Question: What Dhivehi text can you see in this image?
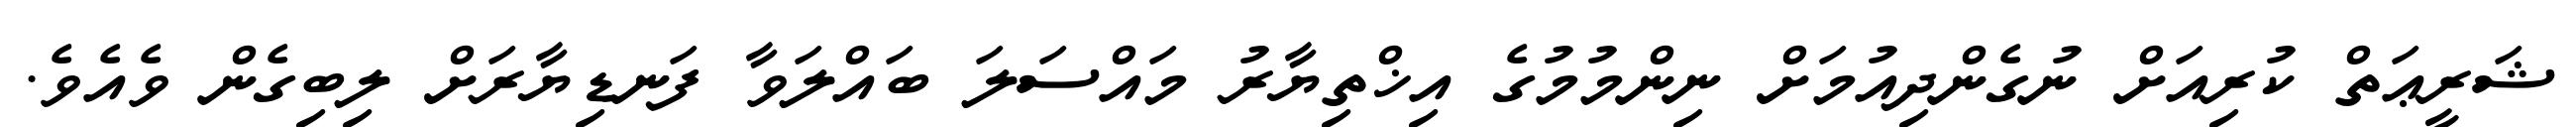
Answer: ޝަރީޢަތް ކުރިއަށް ނުގެންދިއުމަށް ނިންމުމުގެ އިޚްތިޔާރު މައްސަލަ ބައްލަވާ ފަނޑިޔާރަށް ލިބިގެން ވެއެވެ.